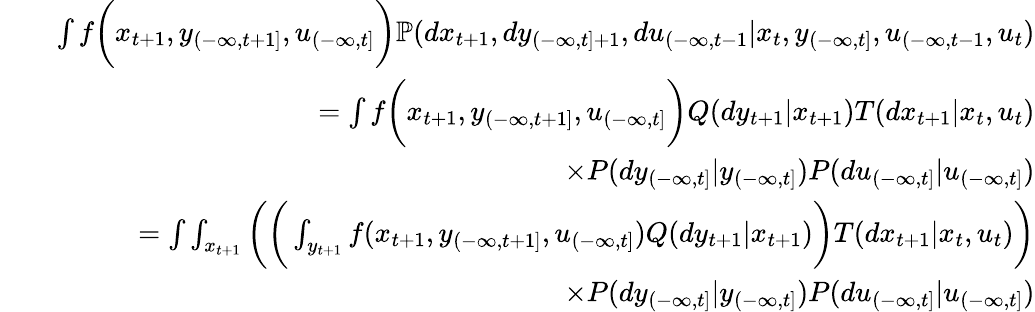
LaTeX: \begin{array}{rlr}&{}&{\int f\bigg(x_{t+1},y_{(-\infty,t+1]},u_{(-\infty,t]}\bigg)\mathbb{P}(dx_{t+1},dy_{(-\infty,t]+1},du_{(-\infty,t-1}|x_{t},y_{(-\infty,t]},u_{(-\infty,t-1},u_{t})}\\ &{}&{=\int f\bigg(x_{t+1},y_{(-\infty,t+1]},u_{(-\infty,t]}\bigg)Q(dy_{t+1}|x_{t+1})T(dx_{t+1}|x_{t},u_{t})}\\ &{}&{\qquad\qquad\qquad\times P(dy_{(-\infty,t]}|y_{(-\infty,t]})P(du_{(-\infty,t]}|u_{(-\infty,t]})}\\ &{}&{=\int\int_{x_{t+1}}\bigg(\bigg(\int_{y_{t+1}}f(x_{t+1},y_{(-\infty,t+1]},u_{(-\infty,t]})Q(dy_{t+1}|x_{t+1})\bigg)T(dx_{t+1}|x_{t},u_{t})\bigg)}\\ &{}&{\qquad\qquad\qquad\times P(dy_{(-\infty,t]}|y_{(-\infty,t]})P(du_{(-\infty,t]}|u_{(-\infty,t]})}\end{array}